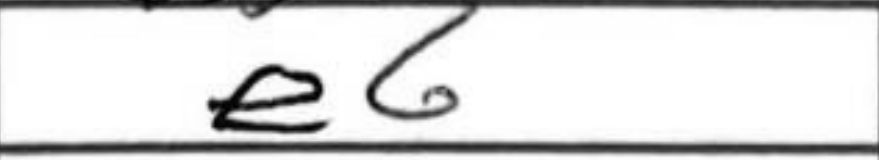
Transcription: e6